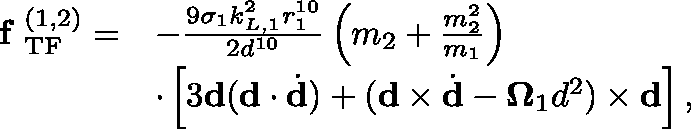
\begin{array} { r l } { \textbf { f } _ { \mathrm { T F } } ^ { ( 1 , 2 ) } = } & { - \frac { 9 \sigma _ { 1 } k _ { L , 1 } ^ { 2 } r _ { 1 } ^ { 1 0 } } { 2 d ^ { 1 0 } } \left( m _ { 2 } + \frac { m _ { 2 } ^ { 2 } } { m _ { 1 } } \right) } \\ & { \cdot \left[ 3 \mathbf { d } ( \mathbf { d } \cdot \dot { \mathbf { d } } ) + ( \mathbf { d } \times \dot { \mathbf { d } } - \mathbf { \Omega } _ { 1 } d ^ { 2 } ) \times \mathbf { d } \right] , } \end{array}